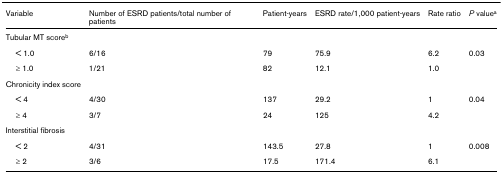
<table><thead><tr><td><b>Variable</b></td><td><b>Number of ESRD patients/total number of patients</b></td><td><b>Patient-years</b></td><td><b>ESRD rate/1,000 patient-years</b></td><td><b>Rate ratio</b></td><td><b><i>P </i>value<sup>a</sup></b></td></tr></thead><tbody><tr><td>Tubular MT score<sup>b</sup></td><td></td><td></td><td></td><td></td><td></td></tr><tr><td> &lt; 1.0</td><td>6/16</td><td>79</td><td>75.9</td><td>6.2</td><td>0.03</td></tr><tr><td> ≥ 1.0</td><td>1/21</td><td>82</td><td>12.1</td><td>1.0</td><td></td></tr><tr><td>Chronicity index score</td><td></td><td></td><td></td><td></td><td></td></tr><tr><td> &lt; 4</td><td>4/30</td><td>137</td><td>29.2</td><td>1</td><td>0.04</td></tr><tr><td> ≥ 4</td><td>3/7</td><td>24</td><td>125</td><td>4.2</td><td></td></tr><tr><td>Interstitial fibrosis</td><td></td><td></td><td></td><td></td><td></td></tr><tr><td> &lt; 2</td><td>4/31</td><td>143.5</td><td>27.8</td><td>1</td><td>0.008</td></tr><tr><td> ≥ 2</td><td>3/6</td><td>17.5</td><td>171.4</td><td>6.1</td><td></td></tr></tbody></table>